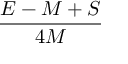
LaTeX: \frac { E - M + S } { 4 M }